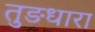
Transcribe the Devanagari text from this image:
तुङधारा